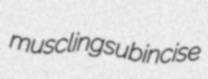
muscling subincise